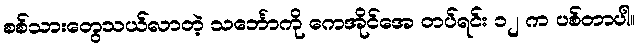
စစ်သားတွေသယ်လာတဲ့ သင်္ဘောကို ကေအိုင်အေ တပ်ရင်း ၁၂ က ပစ်တာပါ။